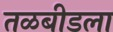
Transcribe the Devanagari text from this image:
तळबीडला